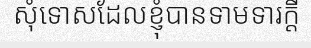
សុំទោសដែលខ្ញុំបានទាមទារក្តី